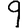
Digit: 9